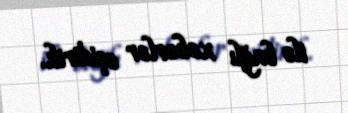
ilə bağlı xəbərlər eşidirik.